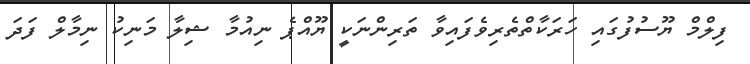
ފިލްމް ޔޫސުފުގައި ހަރަކާތްތެރިވެފައިވާ ތަރިންނަކީ ޔޫއްޕެ ނިއުމާ ޝިލާ މަނިކު ނިމާލް ފަދަ